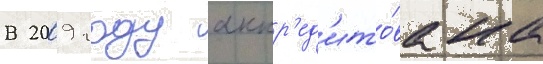
В 2009 году аккр'ед'ито́вана